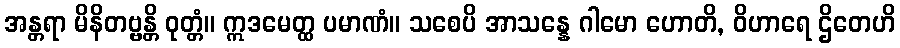
အန္တရာ မိနိတဗ္ဗန္တိ ဝုတ္တံ။ ဣဒမေတ္ထ ပမာဏံ။ သစေပိ အာသန္နေ ဂါမော ဟောတိ, ဝိဟာရေ ဌိတေဟိ